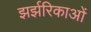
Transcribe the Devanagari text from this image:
झर्झरिकाओं